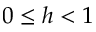
0 \leq h < 1